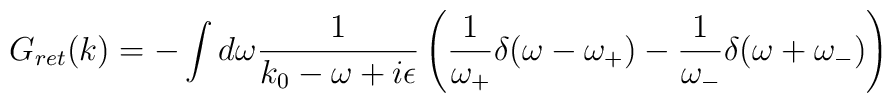
G_{ret}(k)= - \int d\omega \frac{1}{k_0-\omega+i\epsilon}\left( \frac{1}{\omega_+}\delta(\omega-\omega_+)-\frac{1}{\omega_-}\delta(\omega+\omega_-)\right)